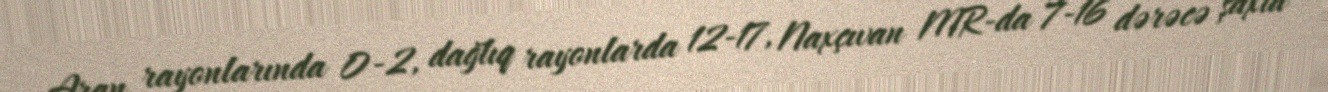
Aran rayonlarında 0-2, dağlıq rayonlarda 12-17, Naxçıvan MR-da 7-16 dərəcə şaxta